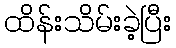
ထိန်းသိမ်းခဲ့ပြီး